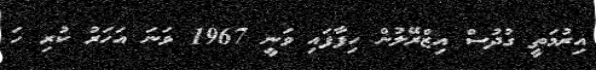
އިރުމަތީ ގުދުސް އިޒްރޭލުން ހިފާފައި ވަނީ 1967 ވަނަ އަހަރު ކުރި ހަ